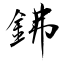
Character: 鉘